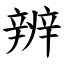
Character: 辨